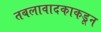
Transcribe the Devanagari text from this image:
तबलावादकाकडून